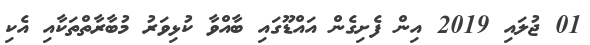
01 ޖުލައި 2019 އިން ފެށިގެން އައްޑޫގައި ބާއްވާ ކުޅިވަރު މުބާރާތްތަކާއި އެކި